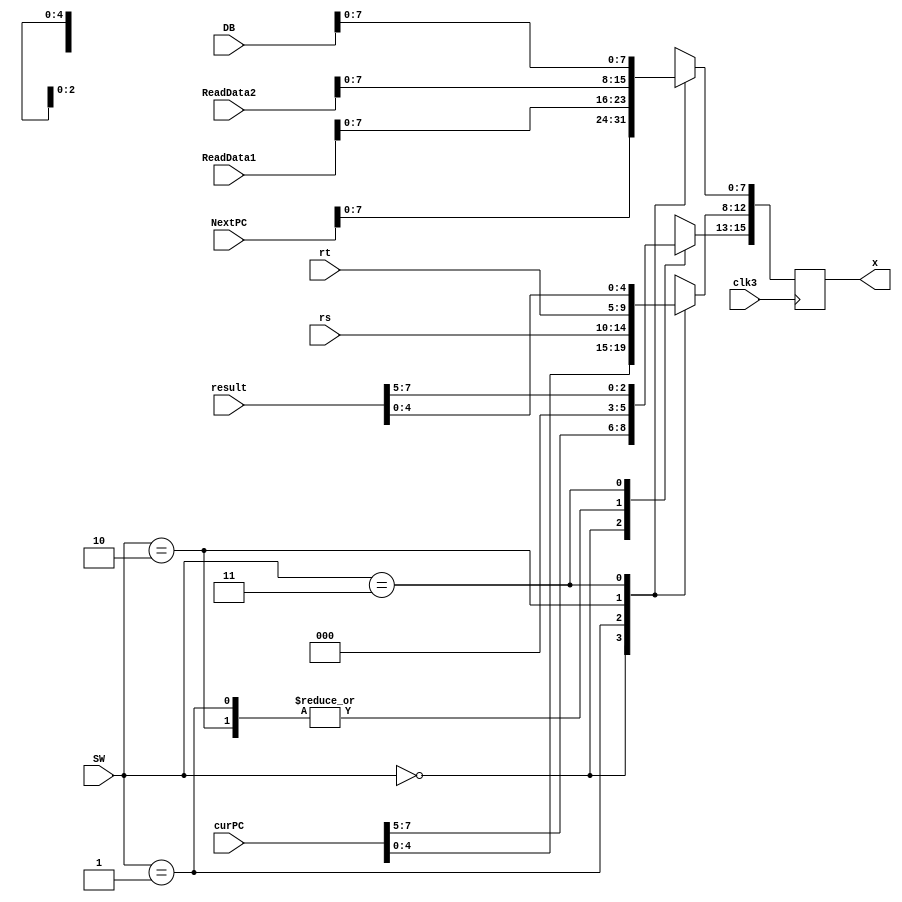
`timescale 1ns / 1ps
//////////////////////////////////////////////////////////////////////////////////
// Company: 
// Engineer: 
// 
// Design Name: 
// Module Name: SW_in
// Project Name: 
// Target Devices: 
// Tool Versions: 
// Description: 
// 
// Dependencies: 
// 
// Revision:
// Revision 0.01 - File Created
// Additional Comments:
// 
//////////////////////////////////////////////////////////////////////////////////


module SW_in(clk3,SW,curPC,NextPC,rs,ReadData1,rt,ReadData2,result,DB,x);
    input clk3;
    input [1:0] SW;
    input [31:0] curPC;
    input [31:0] NextPC;
    input [4:0] rs;
    input [31:0] ReadData1;
    input [4:0] rt;
    input [31:0] ReadData2;
    input [31:0] result;
    input [31:0] DB;
    output reg [15:0] x;
    
    
    always@ (posedge clk3) begin
    case (SW)
        0: begin
        x[15:8] = curPC [7:0];
        x[7:0] = NextPC [7:0];
        end
        1: begin
        x[12:8] = rs [4:0];
        x[15:13] = 3'b000;
        x[7:0] = ReadData1 [7:0];
        end
        2: begin
        x[12:8] = rt [4:0];
        x[15:13] = 3'b000;
        x[7:0] = ReadData2 [7:0];
        end
        3: begin
        x[15:8] = result [7:0];
        x[7:0] = DB [7:0];
        end
    endcase
    end
    
endmodule